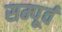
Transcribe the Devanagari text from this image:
सम्पूर्व